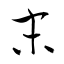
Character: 末